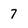
Character: 7